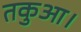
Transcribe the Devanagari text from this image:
तकुआ।